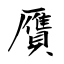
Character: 贋